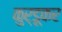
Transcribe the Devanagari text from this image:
कुर्डूकर